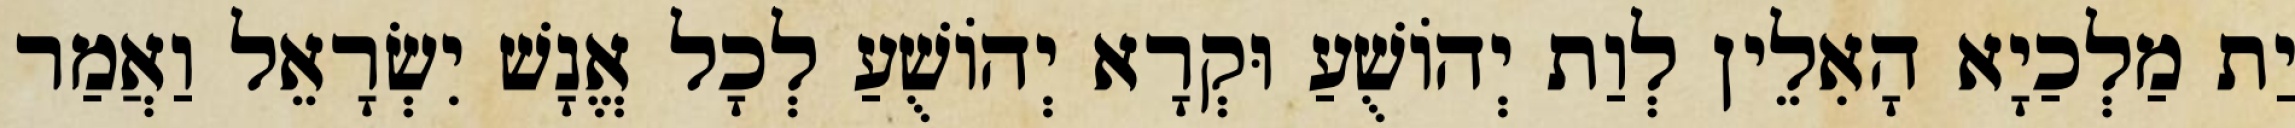
יַת מַלְכַיָא הָאִלֵין לְוַת יְהוֹשֻׁעַ וּקְרָא יְהוֹשֻׁעַ לְכָל אֱנָשׁ יִשְׂרָאֵל וַאֲמַר